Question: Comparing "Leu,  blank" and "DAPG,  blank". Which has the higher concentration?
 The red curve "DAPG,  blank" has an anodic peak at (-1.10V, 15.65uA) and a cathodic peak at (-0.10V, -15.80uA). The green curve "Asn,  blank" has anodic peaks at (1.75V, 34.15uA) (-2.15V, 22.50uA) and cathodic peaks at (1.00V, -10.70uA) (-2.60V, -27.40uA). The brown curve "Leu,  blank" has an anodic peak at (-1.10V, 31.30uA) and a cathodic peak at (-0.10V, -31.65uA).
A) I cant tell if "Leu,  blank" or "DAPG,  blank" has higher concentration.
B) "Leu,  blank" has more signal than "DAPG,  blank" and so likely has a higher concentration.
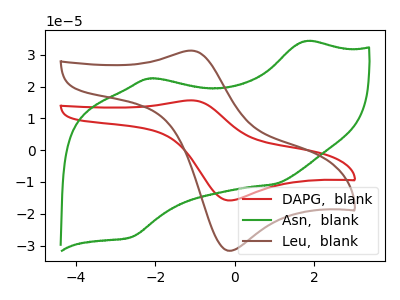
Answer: <think>All the peaks in "Leu,  blank" have a peak in "DAPG,  blank" at the same potential. Every peak in "Leu,  blank" is higher than every peak in "DAPG,  blank".
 </think>
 <answer>B) "Leu,  blank" has more signal than "DAPG,  blank" and so likely has a higher concentration.</answer>
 <eval>B</eval>